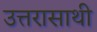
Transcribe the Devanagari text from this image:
उत्तरासाथी